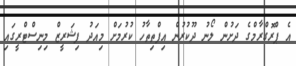
އެ ޕްރޮގްރާމްގެ ދަށުން ލޯނު ދޫކުރުން އިފްތިތާހު ކުރުމަށް މިއަދު ފިޝަރީޒް މިނިސްޓްރީގައި